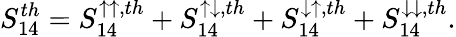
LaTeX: {S_{14}^{th}=S_{14}^{\uparrow\uparrow,th}+S_{14}^{\uparrow\downarrow,th}+S_{14}^{\downarrow\uparrow,th}+S_{14}^{\downarrow\downarrow,th}}.